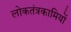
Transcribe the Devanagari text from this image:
लोकतंत्रकामियों